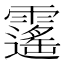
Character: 𩆡